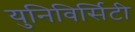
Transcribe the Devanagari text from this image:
युनिविर्सिटी